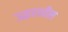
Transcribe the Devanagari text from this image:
उद्धरशील